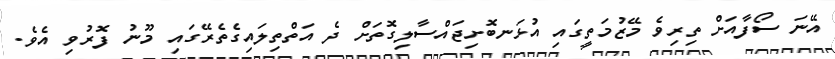
އޭނަ ސޯފާއަށް ތިރިވެ މޭޒުމަތީގައި އުޅަނބޮށިޖައްސާލިގޮތަށް ދެ އަތްތިލައިގެތެރޭގައި މޫނު ފޮރުވި އެވެ.